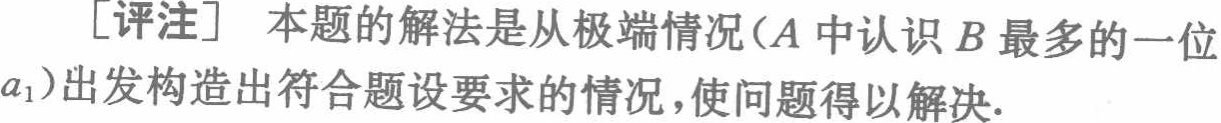
[评注] 本题的解法是从极端情况（\(A\)中认识\(B\)最多的一位\(a_{1}\)）出发构造出符合题设要求的情况，使问题得以解决.